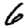
Digit: 6